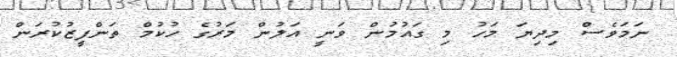
ނަމަވެސް މިދިޔަ މަހު މި ގައުމުން ވަނީ އަލުން މަރުގެ ހުކުމް ތަންފީޒުކުރަން